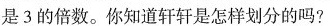
是3的倍数。你知道轩轩是怎样划分的吗?